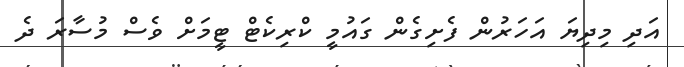
އަދި މިދިޔަ އަހަރުން ފެށިގެން ގައުމީ ކްރިކެޓް ޓީމަށް ވެސް މުސާރަ ދެ